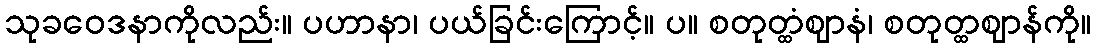
သုခဝေဒနာကိုလည်း။ ပဟာနာ၊ ပယ်ခြင်းကြောင့်။ ပ။ စတုတ္ထံဈာနံ၊ စတုတ္ထဈာန်ကို။